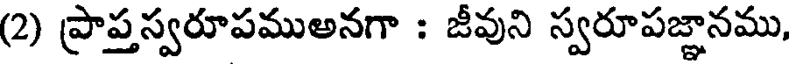
(2) ప్రాప్తస్వరూపముఅనగా : జీవుని స్వరూపజ్ఞానము,